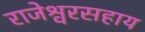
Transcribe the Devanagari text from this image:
राजेश्वरसहाय